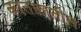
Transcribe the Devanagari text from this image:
कातळातील